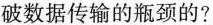
破数据传输的瓶颈的?